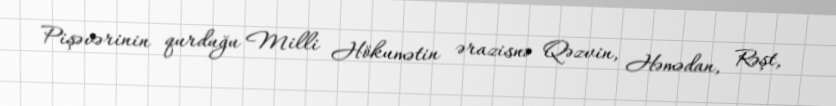
Pişəvərinin qurduğu Milli Hökumətin ərazisnə Qəzvin, Həmədan, Rəşt,